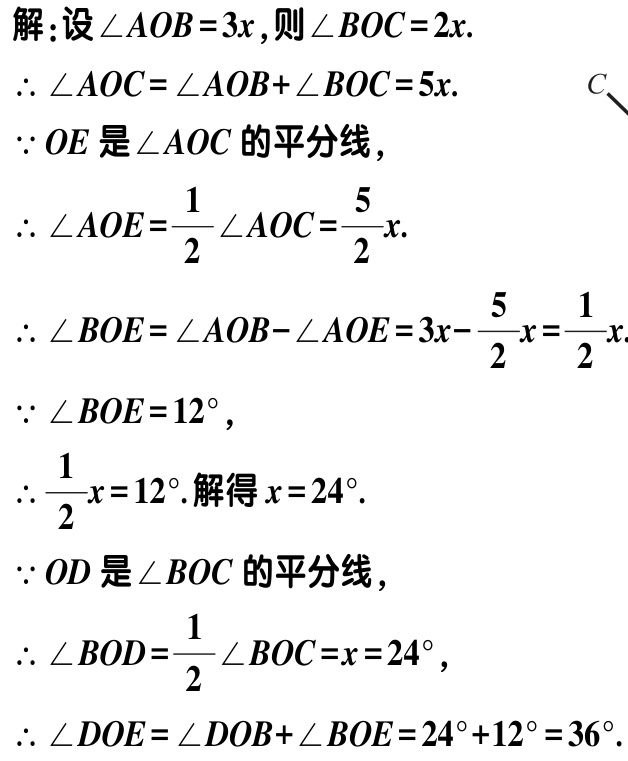
解：设\(\angle AOB = 3x\)，则\(\angle BOC = 2x\).

\(\therefore \angle AOC=\angle AOB + \angle BOC = 5x\).

\(\because OE\)是\(\angle AOC\)的平分线，

\(\therefore \angle AOE=\frac{1}{2}\angle AOC=\frac{5}{2}x\).

\(\therefore \angle BOE=\angle AOB - \angle AOE = 3x-\frac{5}{2}x=\frac{1}{2}x\).

\(\because \angle BOE = 12^{\circ}\)，

\(\therefore \frac{1}{2}x = 12^{\circ}\). 解得\(x = 24^{\circ}\).

\(\because OD\)是\(\angle BOC\)的平分线，

\(\therefore \angle BOD=\frac{1}{2}\angle BOC = x = 24^{\circ}\)，

\(\therefore \angle DOE=\angle DOB+\angle BOE = 24^{\circ}+12^{\circ}=36^{\circ}\).